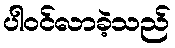
ပါဝင်လာခဲ့သည်